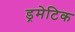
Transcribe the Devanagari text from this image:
ड्रमेटिक